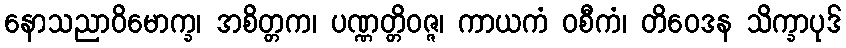
နောသညာဝိမောက္ခ၊ အစိတ္တက၊ ပဏ္ဏတ္တိဝဇ္ဇ၊ ကာယကံ ဝစီကံ၊ တိဝေဒန သိက္ခာပုဒ်